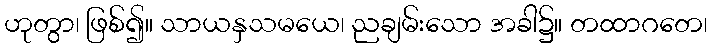
ဟုတွာ၊ ဖြစ်၍။ သာယနှသမယေ၊ ညချမ်းသော အခါ၌။ တထာဂတေ၊